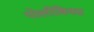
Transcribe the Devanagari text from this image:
पोलीबियस